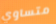
متساوي